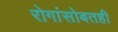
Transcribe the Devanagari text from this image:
रोगांसोबतही